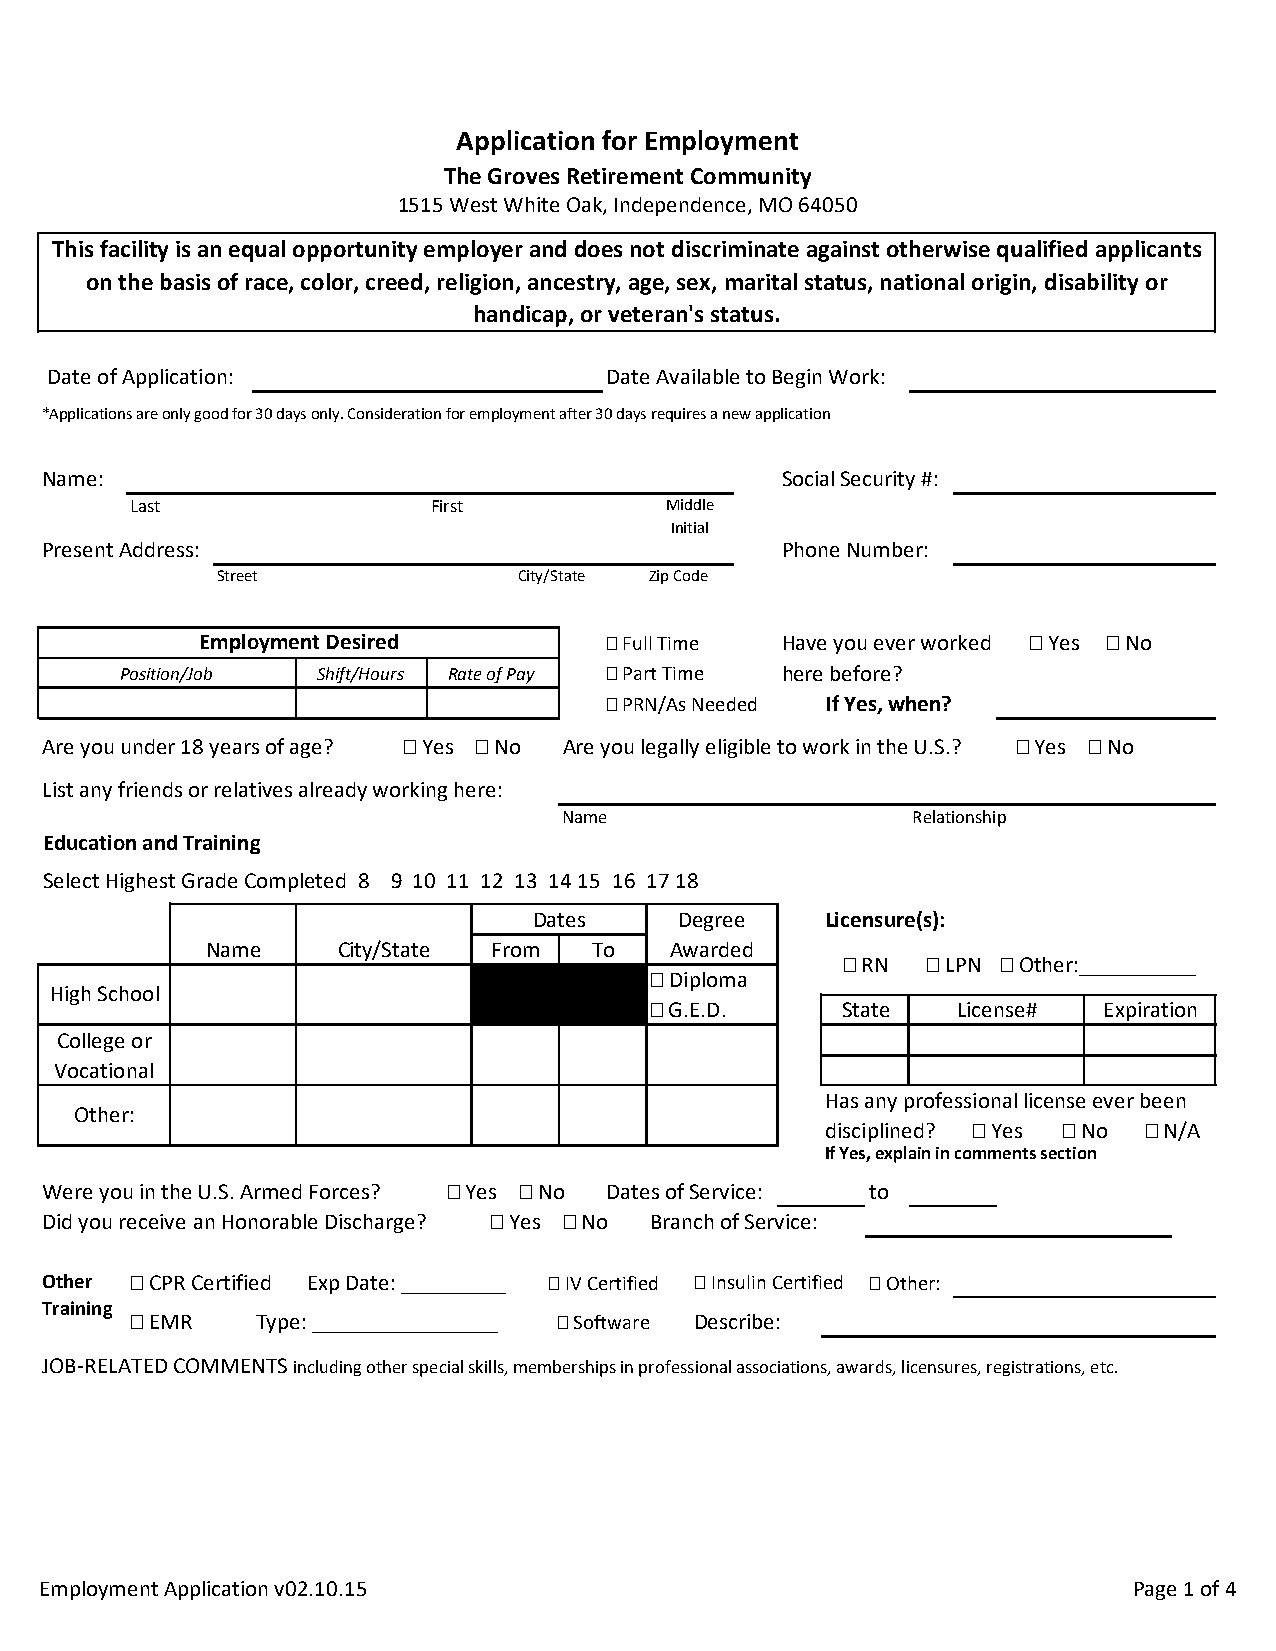
Application for Employment
 The Groves Retirement Community
 1515 West White Oak, Independence, MO 64050
 This facility is an equal opportunity employer and does not discriminate against otherwise qualified applicants
 on the basis of race, color, creed, religion, ancestry, age, sex, marital status, national origin, disability or
 handicap, or veteran's status.
 Date of Application:                 Date Available to Begin Work:
 *Applications are only good for 30 days only. Consideration for employment after 30 days requires a new application
 Name:                                            Social Security #:
 Last                First           Middle
 Initial
 Present Address:                                 Phone Number:
 Street              City/State Zip Code
 Employment Desired          Full Time Have you ever worked  Yes  No
 Position/Job Shift/Hours Rate of Pay  Part Time here before?
  PRN/As Needed If Yes, when?
 Are you under 18 years of age?  Yes  No Are you legally eligible to work in the U.S.?  Yes  No
 List any friends or relatives already working here:
 Name                   Relationship
 Education and Training
 Select Highest Grade Completed 8 9 10 11 12 13 14 15 16 17 18
 Dates     Degree   Licensure(s):
 Name     City/State From  To   Awarded
  RN   LPN  Other:__________
  Diploma
 High School
  G.E.D.    State   License#  Expiration
 College or
 Vocational
 Has any professional license ever been
 Other:
 disciplined?  Yes  No  N/A
 If Yes, explain in comments section
 Were you in the U.S. Armed Forces?  Yes  No Dates of Service: to
 Did you receive an Honorable Discharge?  Yes  No Branch of Service:
 Other  CPR Certified Exp Date: _________  IV Certified  Insulin Certified  Other:
 Training
  EMR    Type: ________________  Software Describe:
 JOB-RELATED COMMENTS including other special skills, memberships in professional associations, awards, licensures, registrations, etc.
 Employment Application v02.10.15                                         Page 1 of 4